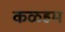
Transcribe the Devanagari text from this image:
कळहम